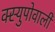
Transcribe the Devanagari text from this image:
क्स्युपोवाली